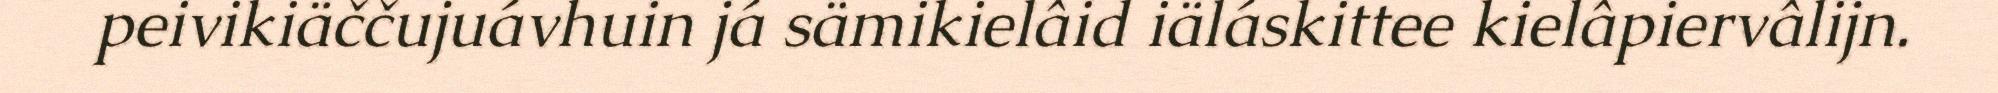
peivikiäččujuávhuin já sämikielâid iäláskittee kielâpiervâlijn.